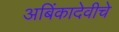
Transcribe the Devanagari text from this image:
अबिंकादेवीचे